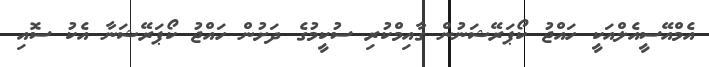
އެމްއޭސީއެލްއަކީ ހައްޖު ކޯޕަރޭޝަނުން ގާއިމްކުރި ސުކީމުގެ ދަށުން ހައްޖު ކޯޕަރޭޝަނާ އެކު ސޮއި